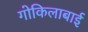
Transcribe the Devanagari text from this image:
गोकिलाबाई